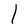
Character: l